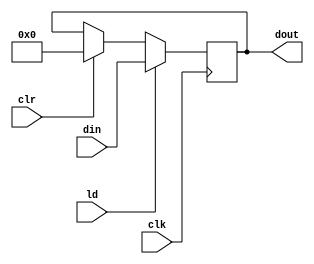
`timescale 1ns / 1ps
//////////////////////////////////////////////////////////////////////////////////
// Company: 
// Engineer: 
// 
// Design Name: 
// Module Name:    PIPO2 
// Project Name: 
// Target Devices: 
// Tool versions: 
// Description: 
//
// Dependencies: 
//
// Revision: 
// Revision 0.01 - File Created
// Additional Comments: 
//
//////////////////////////////////////////////////////////////////////////////////
module PIPO2(dout,din,clr,ld,clk
    );
	 input [15:0] din;
	 input clr,clk,ld;
	 output reg [15:0] dout;
	 
	 always @(posedge clk)
	 begin
		if(ld)
		dout<=din;
		else if (clr)
		dout<=16'h0000;
	 
	 end


endmodule